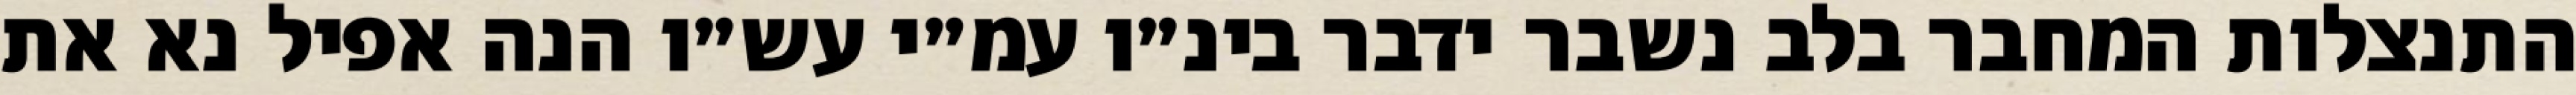
התנצלות המחבר בלב נשבר ידבר בינ״ו עמ״י עש״ו הנה אפיל נא את